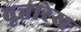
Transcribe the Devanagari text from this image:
वृत्तारेख